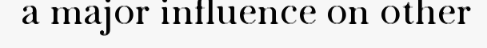
a major influence on other